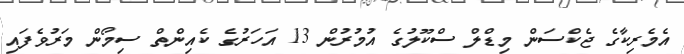
އެމެރިކާގެ ޖެކްސަން މިޑްލް ސްކޫލުގެ އުމުރުން 13 އަހަރުގެ ކެއިންތް ސިމޯން މަރުވެފައި